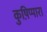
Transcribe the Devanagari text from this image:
कुष़िप्पारा